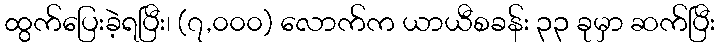
ထွက်ပြေးခဲ့ရပြီး၊ (၇,၀၀၀) လောက်က ယာယီစခန်း ၃၃ ခုမှာ ဆက်ပြီး